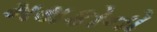
મથકોનો